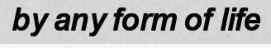
by any form of life